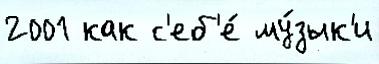
2001 как с'еб'е́ му́зык'и